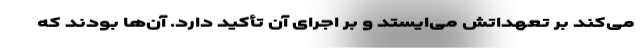
می‌کند بر تعهداتش می‌ایستد و بر اجرای آن تأکید دارد. آن‌ها بودند که